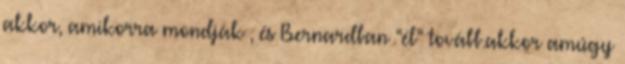
akkor, amikorra mondják , és Bernardban “él” tovább.akkor amúgy